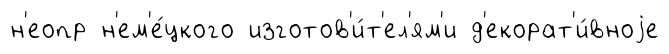
н'еопр н'ем'е́цкого изготов'и́т'ел'ям'и д'екорат'и́вноjе